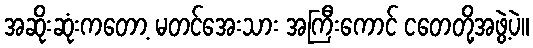
အဆိုးဆုံးကတော့ မတင်အေးသား အကြီးကောင် ငတေတို့အဖွဲ့ပဲ။